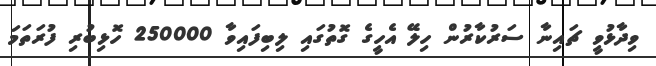
ވިދާޅުވީ ޗައިނާ ސަރުކާރުން ހިލޭ އެހީގެ ގޮތުގައި ލިބިފައިވާ 250000 ހޮޅިބުރި ފުރަތަމަ